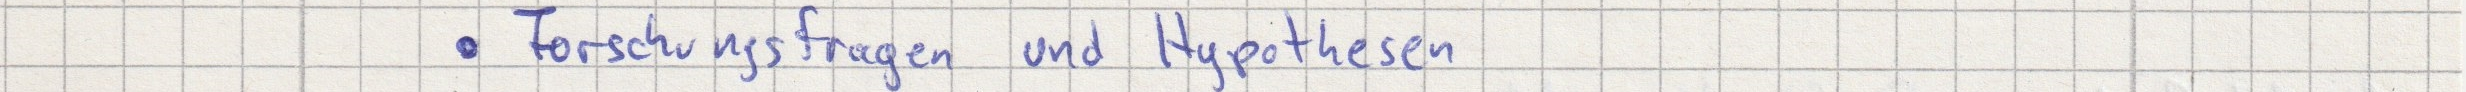
- Forschungsfragen und Hypothesen